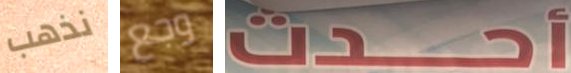
نذهب وجع أحدث